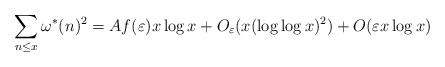
\begin{align*}\sum_{n\le x}\omega^*(n)^2=Af(\varepsilon)x\log x+O_{\varepsilon}(x(\log\log x)^2)+O(\varepsilon x\log x)\end{align*}